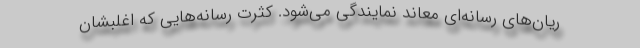
ریان‌های رسانه‌ای معاند نمایندگی می‌شود. کثرت رسانه‌هایی که اغلبشان